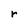
Character: r